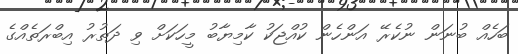
ބަހެއް ބުނަން ނުކެރޭ އަންހެން ކުއްޖަކު ކާމިޔާބު މީހަކަށް ވި ދަތުރު އިބްރަތެއްގެ